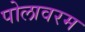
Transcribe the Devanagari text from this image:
पोलावरम